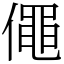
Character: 僶